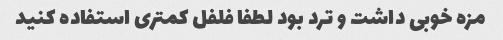
مزه خوبی داشت و ترد بود لطفا فلفل کمتری استفاده کنید